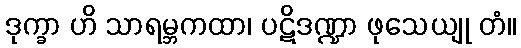
ဒုက္ခာ ဟိ သာရမ္ဘကထာ၊ ပဋိဒဏ္ဍာ ဖုသေယျု တံ။